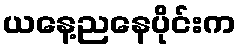
ယနေ့ညနေပိုင်းက